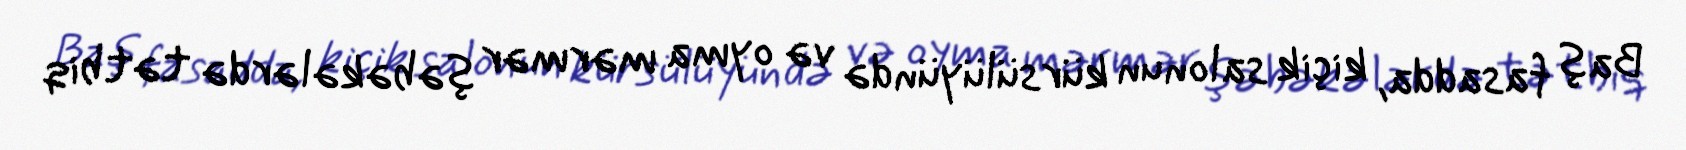
Baş fasadda, kiçik salonun kürsülüyündə və oyma mərmər şəbəkələrdə tətbiq